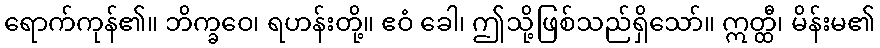
ရောက်ကုန်၏။ ဘိက္ခဝေ၊ ရဟန်းတို့။ ဧဝံ ခေါ၊ ဤသို့ဖြစ်သည်ရှိသော်။ ဣတ္ထီ၊ မိန်းမ၏